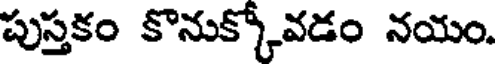
పుస్తకం కొనుక్కోవడం నయం.